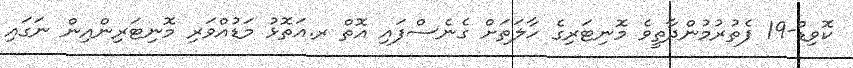
ކޮވިޑް-19 ފެތުރުމުންދާތީވެ މޮނިޓަރިގެ ހާލަތަށް ގެނެސްފައި އޮތް ރ.އަތޮޅު މަޑުއްވަރި މޮނިޓަރިންއިން ނަގައި